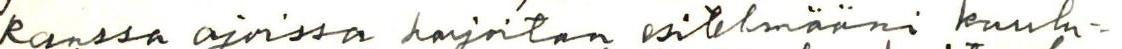
kanssa ajoissa harjoitan esitelmääni kuulu=